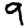
Digit: 9